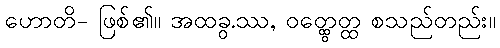
ဟောတိ- ဖြစ်၏။ အထခွ.ဿ, ဝတ္ထွေတ္ထ စသည်တည်း။